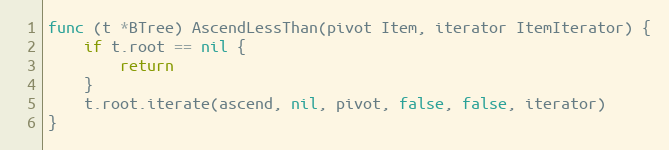
Language: Go
func (t *BTree) AscendLessThan(pivot Item, iterator ItemIterator) {
	if t.root == nil {
		return
	}
	t.root.iterate(ascend, nil, pivot, false, false, iterator)
}